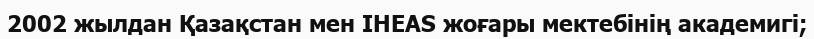
2002 жылдан Қазақстан мен IHEAS жоғары мектебінің академигі;